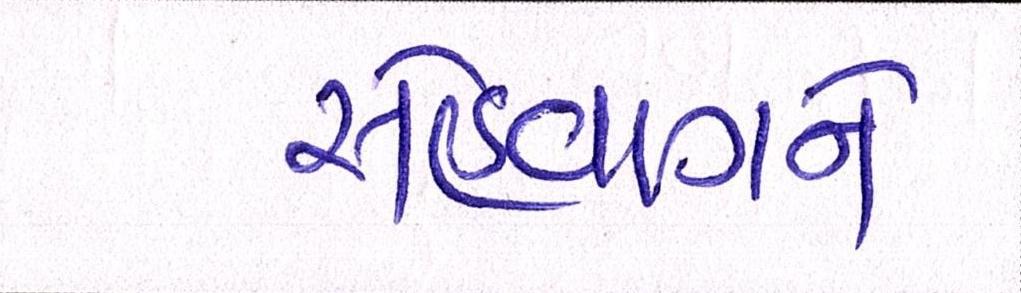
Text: સેહવાગને